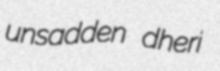
unsadden dheri